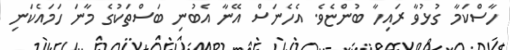
ހާސްކަމާ ގުޅުވާ ރައިހާ ބުންޏެވެ. އެހެނަސް އޭނާ އެބުނި ބަސްތަކުގެ މާނަ ހަމައެކަނި